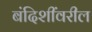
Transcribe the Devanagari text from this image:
बंदिशींवरील